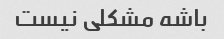
باشه مشکلی نیست